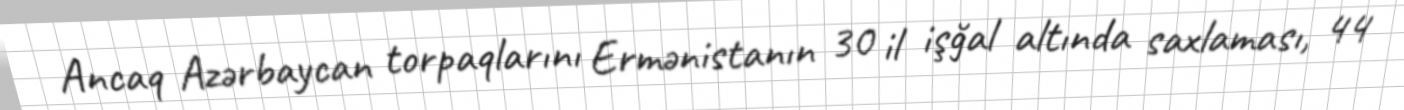
Ancaq Azərbaycan torpaqlarını Ermənistanın 30 il işğal altında saxlaması, 44